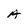
Character: A